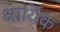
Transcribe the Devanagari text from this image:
क्षायिक